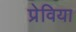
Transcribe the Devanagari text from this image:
प्रेविया